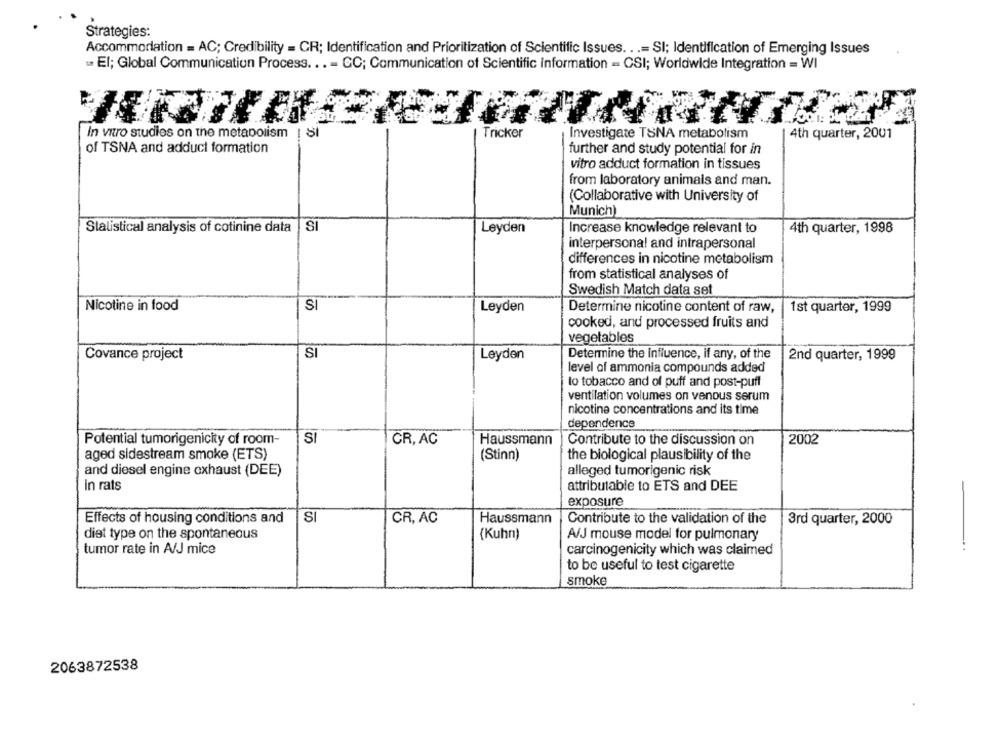
Strategies:
Accommodation = AC; Credibility = CR; Identification and Prioritization of Scientific Issues ...= SI; Identification of Emerging Issues
El; Global Communication Process ... - CC; Communication of Scientific information - CSI; Worldwide Integration = WI
Tricker
4th quarter, 2001
In vitro studies on the metabolism ! SI
Investigate TSNA metabolism
of TSNA and adduct formation
further and study potential for in
vitro adduct formation in tissues
from laboratory animals and man.
(Collaborative with University of
Munich)
Statistical analysis of cotinine data | SI
Leyden
Increase knowledge relevant to
4th quarter, 1998
interpersonal and intrapersonal
differences in nicotine metabolism
from statistical analyses of
Swedish Match data set
Nicotine in food
SI
Leyden
Determine nicotine content of raw,
1st quarter, 1999
cooked, and processed fruits and
vegetables
Covance project
SI
Leyden
Determine the Influence, if any, of the
2nd quarter, 1999
level of ammonia compounds added
to tobacco and of puff and post-puff
ventilation volumes on venous serum
nicotine concentrations and its time
dependence
SI
Potential tumorigenicity of room-
CR, AC
Haussmann
Contribute to the discussion on
2002
aged sidestream smoke (ETS)
(Stinn)
the biological plausibility of the
and diesel engine exhaust (DEE)
alleged tumorigenic risk
in rats
attributable to ETS and DEE
exposure
Effects of housing conditions and
SI
CR, AC
Haussmann
Contribute to the validation of the
3rd quarter, 2000
(Kuhn)
diet type on the spontaneous
A/J mouse model for pulmonary
tumor rate in A/J mice
carcinogenicity which was claimed
to be useful to test cigarette
smoke
2063872538